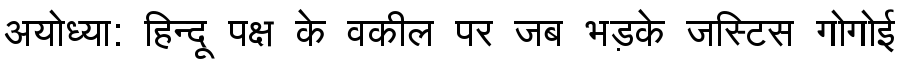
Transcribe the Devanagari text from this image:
अयोध्या: हिन्दू पक्ष के वकील पर जब भड़के जस्टिस गोगोई